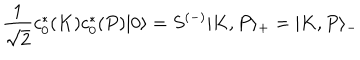
{ \frac { 1 } { \sqrt { 2 } } } c _ { 0 } ^ { \ast } ( K ) c _ { 0 } ^ { \ast } ( P ) | 0 \rangle = S ^ { ( - ) } | K , P \rangle _ { + } = | K , P \rangle _ { - }